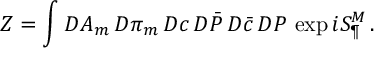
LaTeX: Z = \int { \cal D } A _ { m } \, { \cal D } \pi _ { m } \, { \cal D } c \, { \cal D } \bar { \cal P } \, { \cal D } \bar { c } \, { \cal D } { \cal P } \, \exp i S _ { \P } ^ { M } \, .